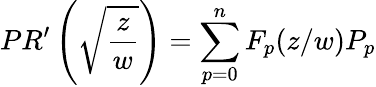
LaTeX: PR^{\prime}\left(\sqrt{\frac{z}{w}}\right)=\sum_{p=0}^{n}F_{p}(z/w)P_{p}